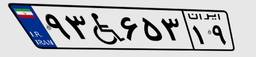
۶۴W۳۰۴۰۳